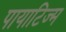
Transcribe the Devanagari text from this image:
पायाटिज्म